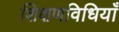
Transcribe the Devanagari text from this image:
शिक्षणविधियाँ